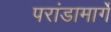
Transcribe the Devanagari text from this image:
परांडामार्गे